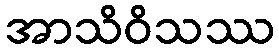
အာသိဝိသဿ